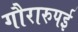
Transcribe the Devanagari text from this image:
गौरारुपई